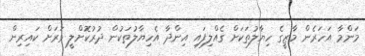
މަންމާ އަހަރެން މާޒީގެ ހިޔާލުތަކަށް ގެއްލިފައި އިންދާ އެހިޔާލުތަކުން ދުރުކޮށްލީ ވަރަށް ކައިރިން